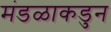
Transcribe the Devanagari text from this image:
मंडळाकडुन